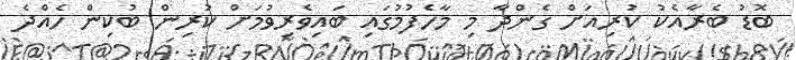
ބޮޑު ބެރާއެކު ކުރިއަށް ގެންދާ މި މާހެފުމުގައި ބައިވެރިވުމަށް ކުރިން ބުކިން ހެއްދެ